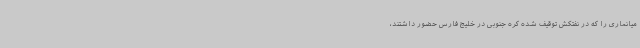
میانماری را که در نفتکش توقیف شده کره جنوبی در خلیج فارس حضور داشتند،